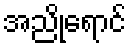
အညိုရောင်